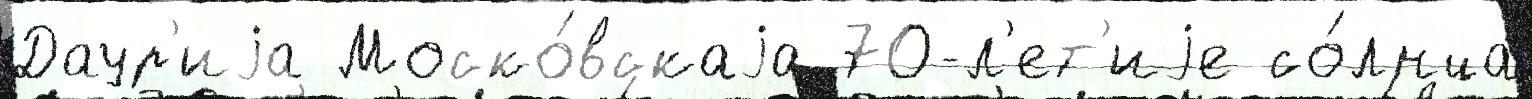
Даур'иjа Моско́вскаjа 70-л'ет'иjе со́лнца